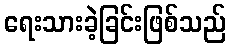
ရေးသားခဲ့ခြင်းဖြစ်သည်